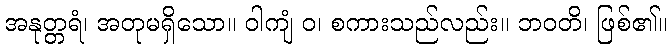
အနုတ္တရံ၊ အတုမရှိသော။ ဝါကျံ ဝ၊ စကားသည်လည်း။ ဘဝတိ၊ ဖြစ်၏။